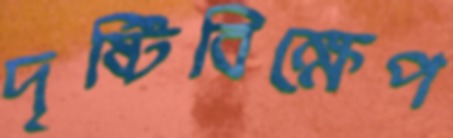
দৃষ্টিবিক্ষেপ